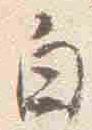
白